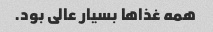
همه غذاها بسیار عالی بود.